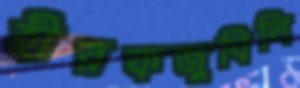
হীরকজুবিলি